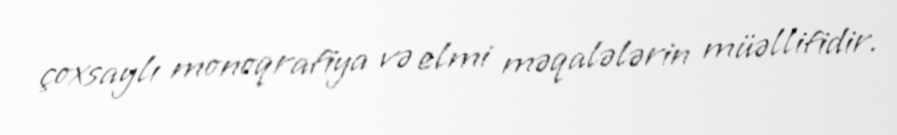
çoxsaylı monoqrafiya və elmi məqalələrin müəllifidir.